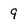
Character: 9